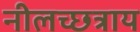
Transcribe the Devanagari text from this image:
नीलच्छत्राय